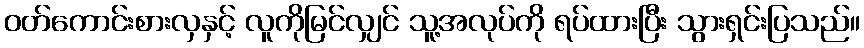
ဝတ်ကောင်းစားလှနှင့် လူကိုမြင်လျှင် သူ့အလုပ်ကို ရပ်ထားပြီး သွားရှင်းပြသည်။